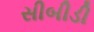
સીબીડી